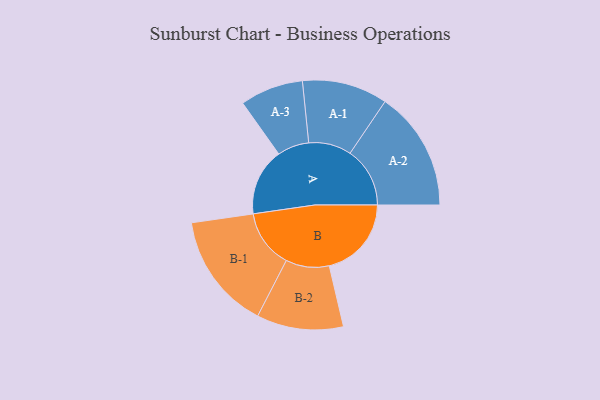
{"axis": {"x": "Segment", "y": "Value"}, "legend": ["", "A", "B"], "data": [{"x": "A", "y": 310, "type": ""}, {"x": "B", "y": 379, "type": ""}, {"x": "A-1", "y": 197, "type": "A"}, {"x": "A-2", "y": 276, "type": "A"}, {"x": "A-3", "y": 146, "type": "A"}, {"x": "B-1", "y": 269, "type": "B"}, {"x": "B-2", "y": 200, "type": "B"}]}